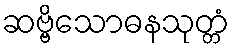
ဆဗ္ဗိသောဓနသုတ္တံ